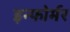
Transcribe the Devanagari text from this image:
इन्फोर्मर